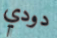
دودي